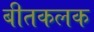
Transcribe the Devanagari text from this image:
बीतकलक